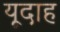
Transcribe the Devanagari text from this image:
यूदाह